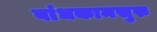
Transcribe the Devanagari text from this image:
बांधकामसुरु